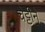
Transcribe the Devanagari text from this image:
चेट्टीने